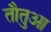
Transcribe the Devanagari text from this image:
तौतुआ